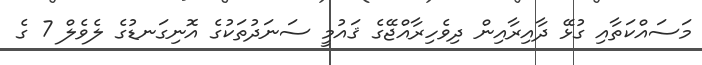
މަސައްކަތާއި ގުޅޭ ދާއިރާއިން ދިވެހިރާއްޖޭގެ ޤައުމީ ސަނަދުތަކުގެ އޮނިގަނޑުގެ ލެވެލް 7 ގެ